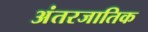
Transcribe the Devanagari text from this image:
अंतरजातिक